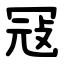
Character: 冦